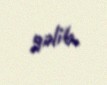
gəlib.